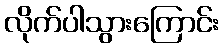
လိုက်ပါသွားကြောင်း